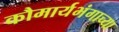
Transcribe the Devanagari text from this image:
कौमार्यभंगाच्या